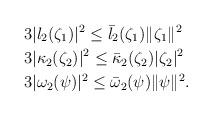
LaTeX: \begin{align*}&3|l_{2}(\zeta_{1})|^{2}\leq\bar{l}_{2}(\zeta_{1})\|\zeta_{1}\|^{2}\\&3|\kappa_{2}(\zeta_{2})|^{2}\leq\bar{\kappa}_{2}(\zeta_{2})|\zeta_{2}|^{2}\\&3|\omega_{2}(\psi)|^{2}\leq\bar{\omega}_{2}(\psi)\|\psi\|^{2}.\end{align*}